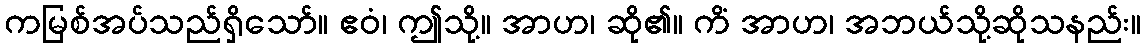
ကမြစ်အပ်သည်ရှိသော်။ ဧဝံ၊ ဤသို့။ အာဟ၊ ဆို၏။ ကိံ အာဟ၊ အဘယ်သို့ဆိုသနည်း။